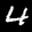
Label: 4